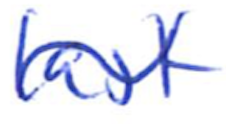
Text: last
Cross-out: wave
Writing tool: ballpoint